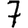
Digit: 7